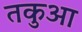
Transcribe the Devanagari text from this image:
तकुआ